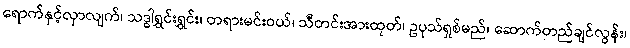
ရောက်နှင့်လှာလျက်၊ သဒ္ဓါရွှင်းရွှင်း၊ တရားမင်းဝယ်၊ သီတင်းအားထုတ်၊ ဥပုသ်ရှစ်မည်၊ ဆောက်တည်ချင်လွန်း၊